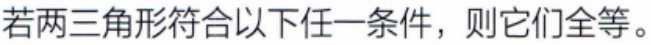
若两三角形符合以下任一条件，则它们全等。